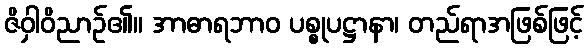
ဇိဝှါဝိညာဉ်၏။ အာဓာရဘာဝ ပစ္စုပဋ္ဌာနာ၊ တည်ရာအဖြစ်ဖြင့်